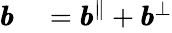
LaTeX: \begin{array}{rl}{\pmb{b}}&{{}=\pmb{b}^{\Vert}+\pmb{b}^{\bot}}\end{array}